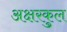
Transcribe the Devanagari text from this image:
अक्षरकुल